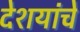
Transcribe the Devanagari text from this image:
देशयांचे